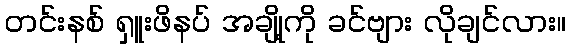
တင်းနစ် ရှူးဖိနပ် အချို့ကို ခင်ဗျား လိုချင်လား။